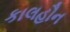
કાલહૌન